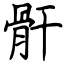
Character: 骭